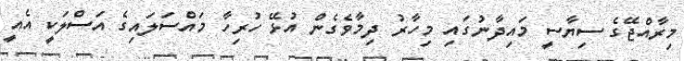
މިރާއްޖޭގެ ސިޔާސީ މައިދާނުގައި މިހާރު ދިމާވެގެން އުޅޭ ހުރިހާ މައްސަލަައިގެ އަސްލަކީ އެއީ